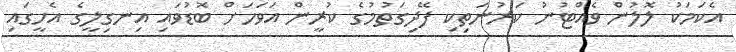
އެކަމަކު ލޮލުން ވެއްޓުނު ކަރުނަތިކި ފޭދިގަތުމުގެ ކުރީން އަވަހަށް ބޮޑުވައި އިނގިލީގެ އެހީގައި